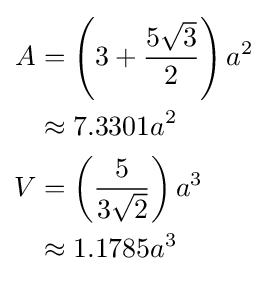
{\begin{aligned}A&=\left(3+{\frac {5{\sqrt {3}}}{2}}\right)a^{2}\\&\approx 7.3301a^{2}\\V&=\left({\frac {5}{3{\sqrt {2}}}}\right)a^{3}\\&\approx 1.1785a^{3}\end{aligned}}